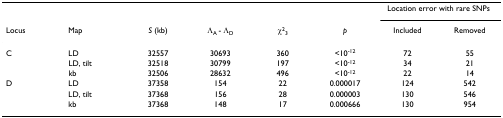
|  |  |  |  |  |  | <COLSPAN=2> Location error with rare SNPs |
 | Locus | Map | S (kb) | ΛA - ΛD | χ23 | p | Included | Removed |
 | --- | --- | --- | --- | --- | --- | --- | --- |
 | C | LD | 32557 | 30693 | 360 | <10-12 | 72 | 55 |
 |  | LD, tilt | 32518 | 30799 | 197 | <10-12 | 34 | 21 |
 |  | kb | 32506 | 28632 | 496 | <10-12 | 22 | 14 |
 | D | LD | 37358 | 154 | 22 | 0.000017 | 124 | 542 |
 |  | LD, tilt | 37368 | 156 | 28 | 0.000003 | 130 | 546 |
 |  | kb | 37368 | 148 | 17 | 0.000666 | 130 | 954 |